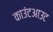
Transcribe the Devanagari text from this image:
काउंटआउट